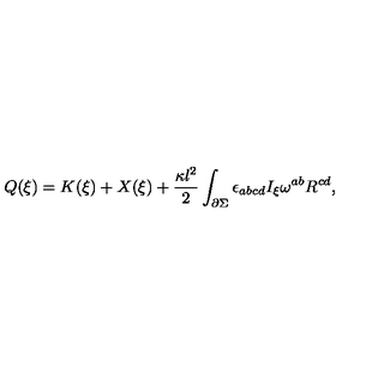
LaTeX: Q ( \xi ) = K ( \xi ) + X ( \xi ) + \frac { \kappa l ^ { 2 } } { 2 } \int _ { \partial \Sigma } \epsilon _ { a b c d } I _ { \xi } \omega ^ { a b } R ^ { c d } ,